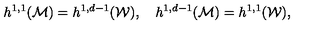
h ^ { 1 , 1 } ( { \cal M } ) = h ^ { 1 , d - 1 } ( { \cal W } ) , \quad h ^ { 1 , d - 1 } ( { \cal M } ) = h ^ { 1 , 1 } ( { \cal W } ) ,